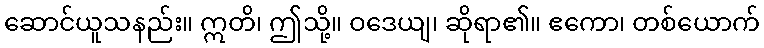
ဆောင်ယူသနည်း။ ဣတိ၊ ဤသို့။ ဝဒေယျ၊ ဆိုရာ၏။ ဧကော၊ တစ်ယောက်